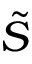
\tilde { S }